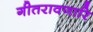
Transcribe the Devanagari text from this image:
गीतरावणारि